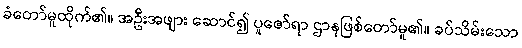
ခံတော်မူထိုက်၏။ အဦးအဖျား ဆောင်၍ ပူဇော်ရာ ဌာနဖြစ်တော်မူ၏။ ခပ်သိမ်းသော